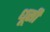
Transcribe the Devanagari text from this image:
धूसी